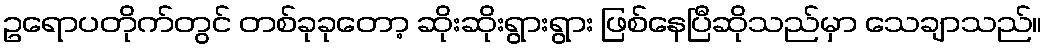
ဥရောပတိုက်တွင် တစ်ခုခုတော့ ဆိုးဆိုးရွားရွား ဖြစ်နေပြီဆိုသည်မှာ သေချာသည်။